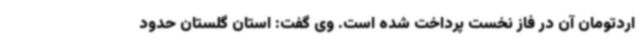
اردتومان آن در فاز نخست پرداخت شده است. وی گفت: استان گلستان حدود